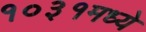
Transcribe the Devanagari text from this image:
१०३१मध्ये